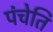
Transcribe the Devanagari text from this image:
पंचेति